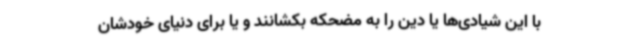
با این شیادی‌ها یا دین را به مضحکه بکشانند و یا برای دنیای خودشان